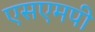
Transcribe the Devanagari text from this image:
एसएमपी